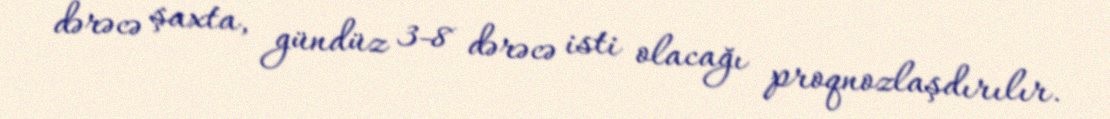
dərəcə şaxta, gündüz 3-8 dərəcə isti olacağı proqnozlaşdırılır.